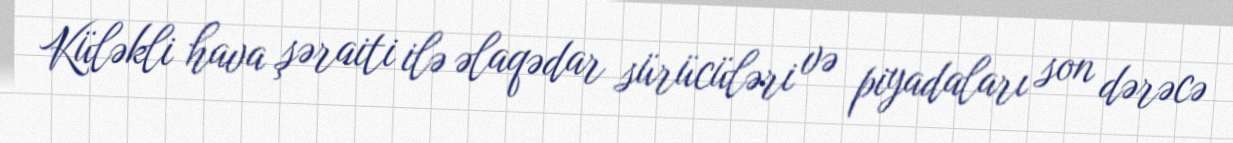
Küləkli hava şəraiti ilə əlaqədar sürücüləri və piyadaları son dərəcə